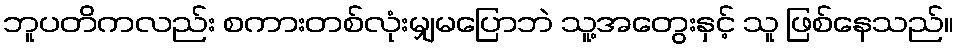
ဘူပတိကလည်း စကားတစ်လုံးမျှမပြောဘဲ သူ့အတွေးနှင့် သူ ဖြစ်နေသည်။